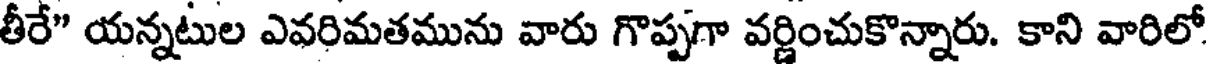
తీరే" యన్నటుల ఎవరిమతమును వారు గొప్పగా వర్ణించుకొన్నారు. కాని వారిలో